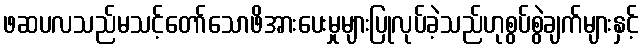
ဖဆပလသည်မသင့်တော်သောဖိအားပေးမှုများပြုလုပ်ခဲ့သည်ဟုစွပ်စွဲချက်များနှင့်